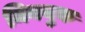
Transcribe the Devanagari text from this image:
मिनयुक